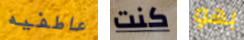
عاطفيه كنت بهو